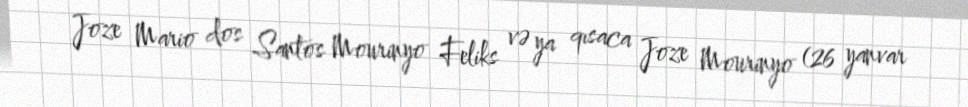
Joze Mario dos Santos Mourinyo Feliks və ya qısaca Joze Mourinyo (26 yanvar